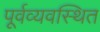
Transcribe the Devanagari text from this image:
पूर्वव्यवस्थित